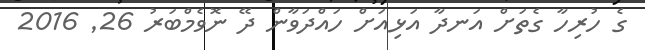
ގެ ހުރިހާ ގެތަށް އަނދާ އަޅިއަށް ހައްދަވާން ދޭ ނޮވެމްބަރު 26